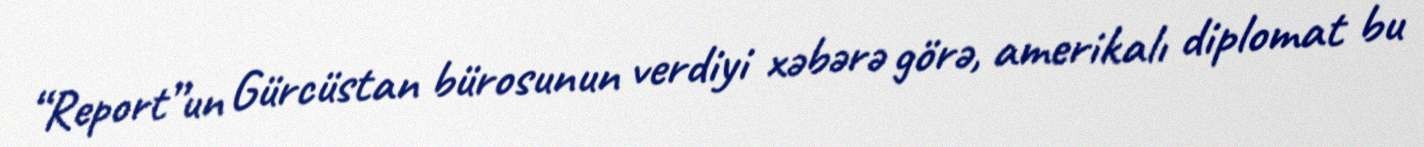
“Report”un Gürcüstan bürosunun verdiyi xəbərə görə, amerikalı diplomat bu